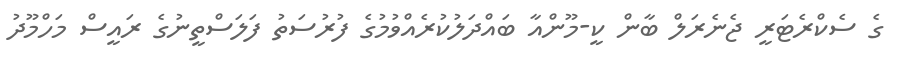
ގެ ސެކްރެޓަރީ ޖެނެރަލް ބާން ކީ-މޫންއާ ބައްދަލުކުރެއްވުމުގެ ފުރުސަތު ފަލަސްތީނުގެ ރައީސް މަހްމޫދު